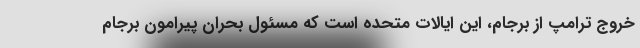
خروج ترامپ از برجام، این ایالات متحده است که مسئول بحران پیرامون برجام